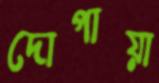
দোপায়া